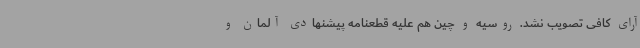
آرای کافی تصویب نشد. روسیه و چین هم علیه قطعنامه پیشنهادی آلمان و